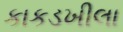
કાકડખીલા